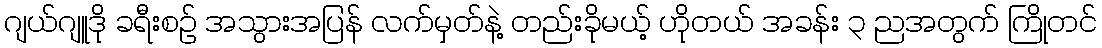
ဂျယ်ဂျူဒို ခရီးစဉ် အသွားအပြန် လက်မှတ်နဲ့ တည်းခိုမယ့် ဟိုတယ် အခန်း ၃ ညအတွက် ကြိုတင်